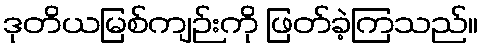
ဒုတိယမြစ်ကျဉ်းကို ဖြတ်ခဲ့ကြသည်။